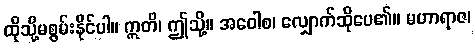
ထိုသို့မစွမ်းနိုင်ပါ။ ဣတိ၊ ဤသို့။ အဝေါစ၊ လျှောက်ဆိုပေ၏။ မဟာရာဇ၊